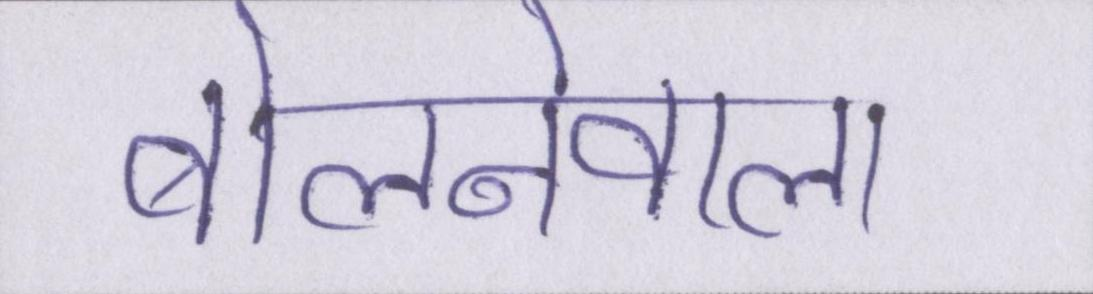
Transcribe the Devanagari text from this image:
बोलनेवाला